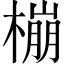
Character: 𱤌